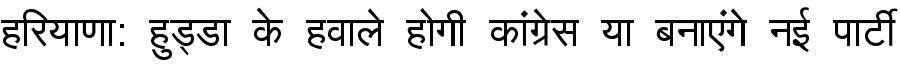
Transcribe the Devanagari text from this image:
हरियाणा: हुड्डा के हवाले होगी कांग्रेस या बनाएंगे नई पार्टी